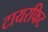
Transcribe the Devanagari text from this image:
टायरफिट